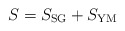
\begin{align*} S = S_{\rm SG}+S_{\rm YM}\end{align*}